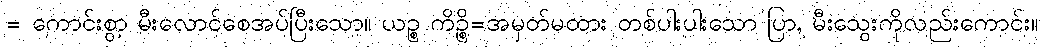
= ကောင်းစွာ မီးလောင်စေအပ်ပြီးသော။ ယဉ္စ ကိဉ္စိ=အမှတ်မထား တစ်ပါးပါးသော ပြာ, မီးသွေးကိုလည်းကောင်း။